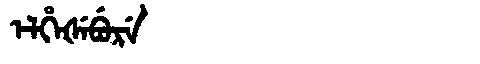
Manchu: ᡝᠯᡥᡝᡧᡝᠪᡠᡵᡝ
Romanization: ELHEŠEBURE